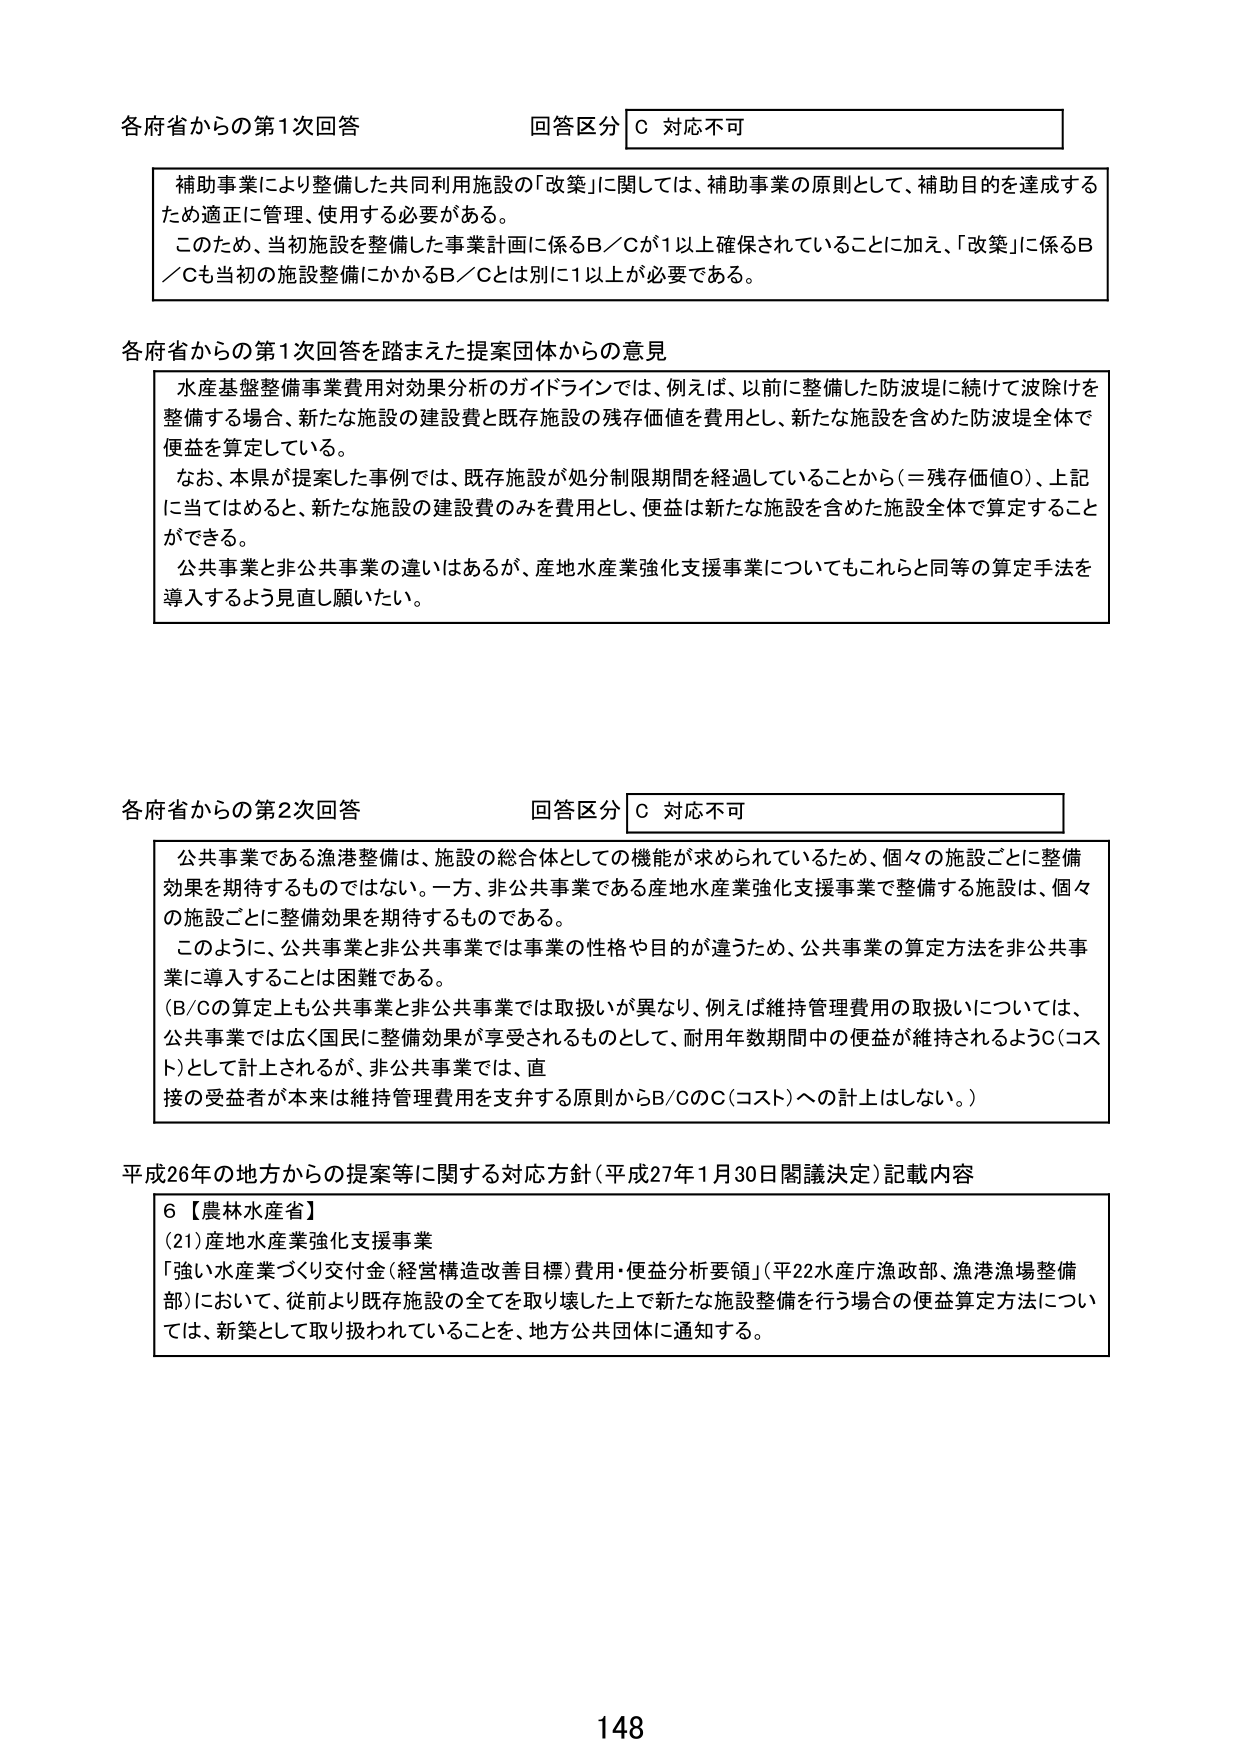
各府省からの第1次回答 回答区分 C 対応不可

補助事業により整備した共同利用施設の「改築」に関しては、補助事業の原則として、補助目的を達成するため適正に管理、使用する必要がある。
このため、当初施設を整備した事業計画に係るB／Cが1以上確保されていることに加え、「改築」に係るB／Cも当初の施設整備にかかるB／Cとは別に1以上が必要である。

各府省からの第1次回答を踏まえた提案団体からの意見

水産基盤整備事業費用対効果分析のガイドラインでは、例えば、以前に整備した防波堤に続けて波除けを整備する場合、新たな施設の建設費と既存施設の残存価値を費用とし、新たな施設を含めた防波堤全体で便益を算定している。
なお、本県が提案した事例では、既存施設が処分制限期間を経過していることから（＝残存価値0）、上記に当てはめると、新たな施設の建設費のみを費用とし、便益は新たな施設を含めた施設全体で算定することができる。
公共事業と非公共事業の違いはあるが、産地水産業強化支援事業についてもこれらと同等の算定手法を導入するよう見直し願いたい。

各府省からの第2次回答 回答区分 C 対応不可

公共事業である漁港整備は、施設の総合体としての機能が求められているため、個々の施設ごとに整備効果を期待するものではない。一方、非公共事業である産地水産業強化支援事業で整備する施設は、個々の施設ごとに整備効果を期待するものである。
このように、公共事業と非公共事業では事業の性格や目的が違うため、公共事業の算定方法を非公共事業に導入することは困難である。
（B/Cの算定上も公共事業と非公共事業では取扱いが異なり、例えば維持管理費用の取扱いについては、公共事業では広く国民に整備効果が享受されるものとして、耐用年数期間中の便益が維持されるようC（コスト）として計上されるが、非公共事業では、直接の受益者が本来は維持管理費用を支弁する原則からB/CのC（コスト）への計上はしない。）

平成26年の地方からの提案等に関する対応方針（平成27年1月30日閣議決定）記載内容

6【農林水産省】
(21)産地水産業強化支援事業
「強い水産業づくり交付金（経営構造改善目標）費用・便益分析要領」（平22水産庁漁政部、漁港漁場整備部）において、従前より既存施設の全てを取り壊した上で新たな施設整備を行う場合の便益算定方法については、新築として取り扱われていることを、地方公共団体に通知する。

148